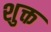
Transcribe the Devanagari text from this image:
शुक्त